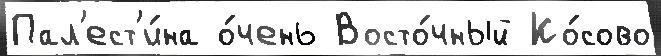
Пал'ест'и́на о́чень Восто́чный Ко́сово